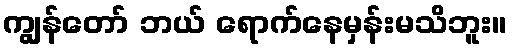
ကျွန်တော် ဘယ် ရောက်နေမှန်းမသိဘူး။